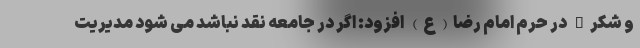
و شکر" در حرم امام رضا(ع) افزود: اگر در جامعه نقد نباشد می شود مدیریت